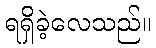
ရရှိခဲ့လေသည်။